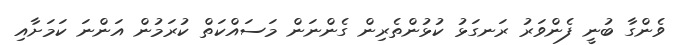
ވެންގާ ބުނީ ފެންވަރު ރަނގަޅު ކުޅުންތެރިން ގެންނަން މަސައްކަތް ކުރަމުން އަންނަ ކަމަށާއި